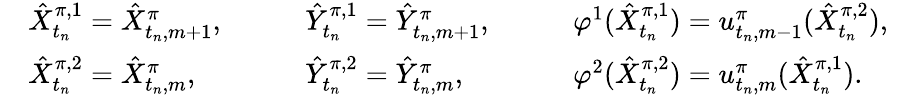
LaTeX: \begin{array}{rlrlrlr}&{\hat{X}_{t_{n}}^{\pi,1}=\hat{X}_{t_{n},m+1}^{\pi},}&{\quad}&{\hat{Y}_{t_{n}}^{\pi,1}=\hat{Y}_{t_{n},m+1}^{\pi},}&{\quad}&{\varphi^{1}(\hat{X}_{t_{n}}^{\pi,1})=u_{t_{n},m-1}^{\pi}(\hat{X}_{t_{n}}^{\pi,2}),}&\\ &{\hat{X}_{t_{n}}^{\pi,2}=\hat{X}_{t_{n},m}^{\pi},}&{\quad}&{\hat{Y}_{t_{n}}^{\pi,2}=\hat{Y}_{t_{n},m}^{\pi},}&{\quad}&{\varphi^{2}(\hat{X}_{t_{n}}^{\pi,2})=u_{t_{n},m}^{\pi}(\hat{X}_{t_{n}}^{\pi,1}).}&\end{array}